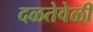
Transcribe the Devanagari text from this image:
दळतेवेळी